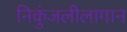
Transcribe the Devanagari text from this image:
निकुंजलीलागान